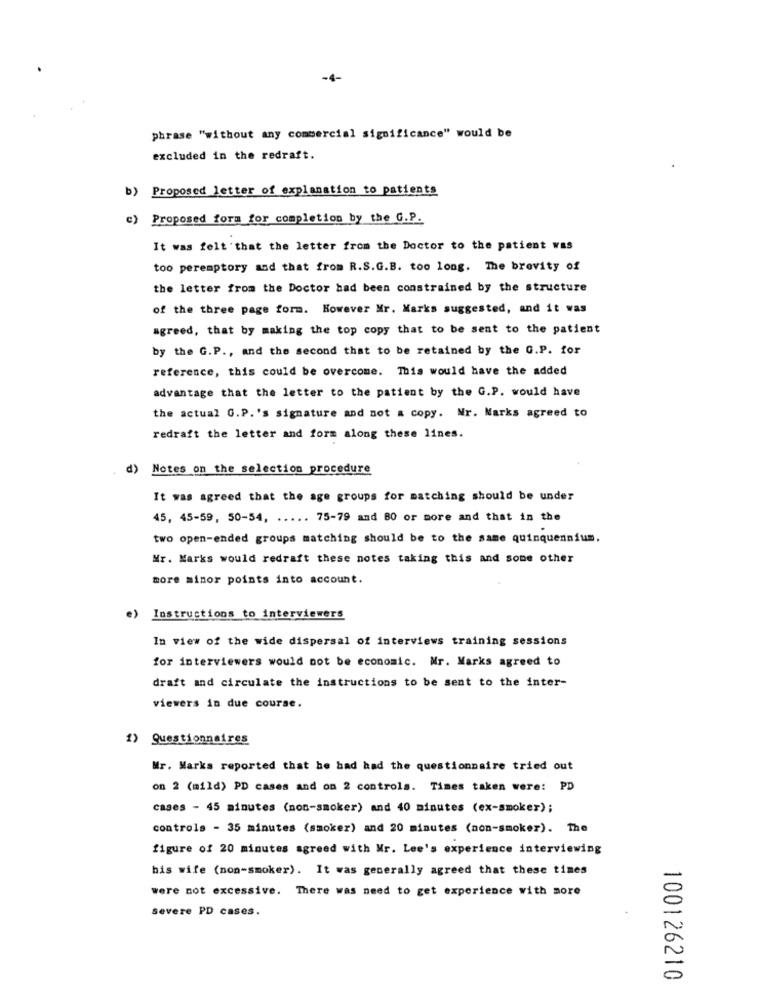
-4-
phrase "without any commercial significance" would be
excluded in the redraft.
b) Proposed letter of explanation to patients
c) Proposed form for completion by the G.P.
It was felt that the letter from the Doctor to the patient was
too peremptory and that from R.S.G.B. too long. The brevity of
the letter from the Doctor had been constrained by the structure
of the three page form. However Mr. Marks suggested, and it was
agreed, that by making the top copy that to be sent to the patient
by the G.P ., and the second that to be retained by the G.P. for
reference, this could be overcome. This would have the added
advantage that the letter to the patient by the G.P. would have
the actual G.P.'s signature and not a copy. Nr. Marks agreed to
redraft the letter and form along these lines.
d)
Notes on the selection procedure
It was agreed that the age groups for matching should be under
45, 45-59, 50-54, ..... 75-79 and 80 or more and that in the
two open-ended groups matching should be to the same quinquennium.
Mr. Marks would redraft these notes taking this and some other
more minor points into account.
e)
Instructions to interviewers
In view of the wide dispersal of interviews training sessions
for interviewers would not be economic. Mr. Marks agreed to
draft and circulate the instructions to be sent to the inter-
viewers in due course.
1) Questionnaires
Mr. Marks reported that he had had the questionnaire tried out
on 2 (mild) PD cases and on 2 controls. Times taken were: PD
cases - 45 minutes (non-smoker) and 40 minutes (ex-smoker);
controls - 35 minutes (smoker) and 20 minutes (non-smoker). The
figure of 20 minutes agreed with Mr. Lee's experience interviewing
his wife (non-smoker). It was generally agreed that these times
were not excessive. There was need to get experience with more
Severe PD cases.
100126210